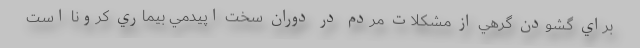
براي گشودن گرهي از مشكلات مردم در دوران سخت اپيدمي بيماري كرونا است